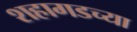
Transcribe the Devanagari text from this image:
शहागडच्या